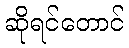
ဆိုရင်တောင်